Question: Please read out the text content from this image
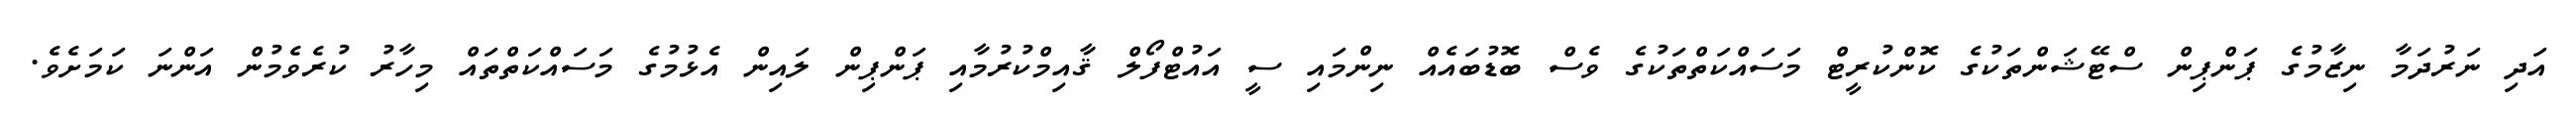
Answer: އަދި ނަރުދަމާ ނިޒާމުގެ ޕަންޕިން ސްޓޭޝަންތަކުގެ ކޮންކުރީޓް މަސައްކަތްތަކުގެ ވެސް ބޮޑުބައެއް ނިންމައި ސީ އައުޓްފޯލް ޤާއިމްކުރުމާއި ޕަންޕިން ލައިން އެޅުމުގެ މަސައްކަތްތައް މިހާރު ކުރެވެމުން އަންނަ ކަމަށެވެ.